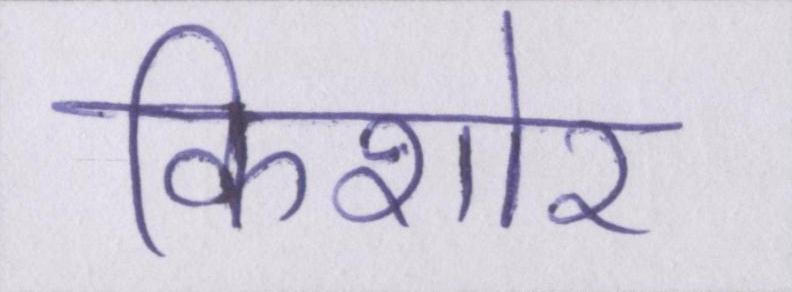
किशोर